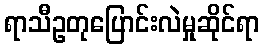
ရာသီဥတုပြောင်းလဲမှုဆိုင်ရာ